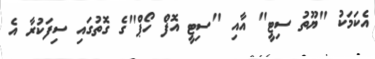
އެކަމަކު "ޔޫތު ސިޓީ" އާއި "ސިޓީ އޮފް ހޯޕް"ގެ ގޮތުގައި ސިފަކުރާ އެ